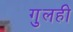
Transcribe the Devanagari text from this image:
गुलही